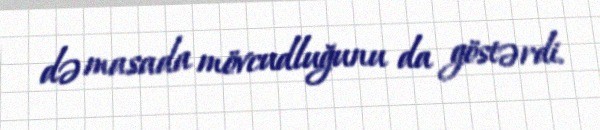
də masada mövcudluğunu da göstərdi.